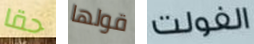
حقا قولها الفولت